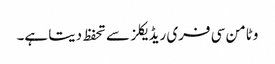
وٹامن سی فری ریڈیکلز سے تحفظ دیتا ہے۔